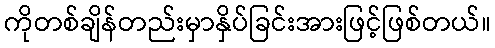
ကိုတစ်ချိန်တည်းမှာနှိပ်ခြင်းအားဖြင့်ဖြစ်တယ်။